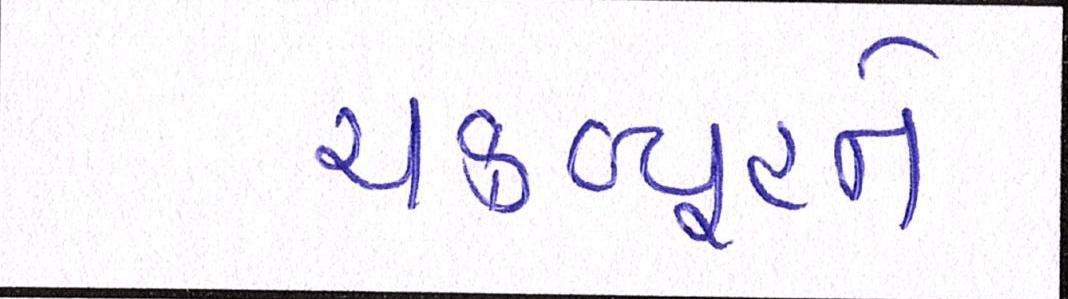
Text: ચક્રવ્યૂહને